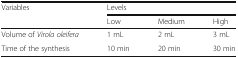
<table><thead><tr><td rowspan="2"><b>Variables</b></td><td colspan="3"><b>Levels</b></td></tr><tr><td><b>Low</b></td><td><b>Medium</b></td><td><b>High</b></td></tr></thead><tbody><tr><td>Volume of <i>Virola oleifera</i></td><td>1 mL</td><td>2 mL</td><td>3 mL</td></tr><tr><td>Time of the synthesis</td><td>10 min</td><td>20 min</td><td>30 min</td></tr></tbody></table>